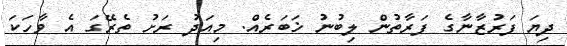
ދިޔަ ފަރުޒާނާގެ ފަރާތުން ލިބުނު ޚަބަރެއް. މިއަދު ރަށު ތެރޭގަ އެ ވާހަކަ